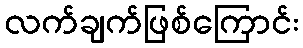
လက်ချက်ဖြစ်ကြောင်း